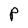
Character: P